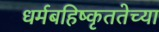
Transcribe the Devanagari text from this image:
धर्मबहिष्कृततेच्या